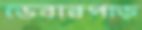
ডেবারপাড়